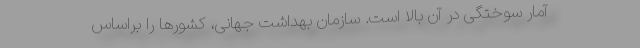
آمار سوختگی در آن بالا است. سازمان بهداشت جهانی، کشورها را براساس